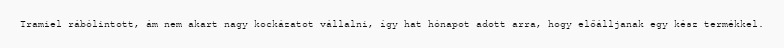
Tramiel rábólintott, ám nem akart nagy kockázatot vállalni, így hat hónapot adott arra, hogy előálljanak egy kész termékkel.